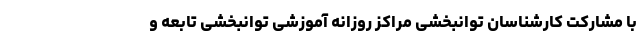
با مشارکت کارشناسان توانبخشی مراکز روزانه آموزشی توانبخشی تابعه و